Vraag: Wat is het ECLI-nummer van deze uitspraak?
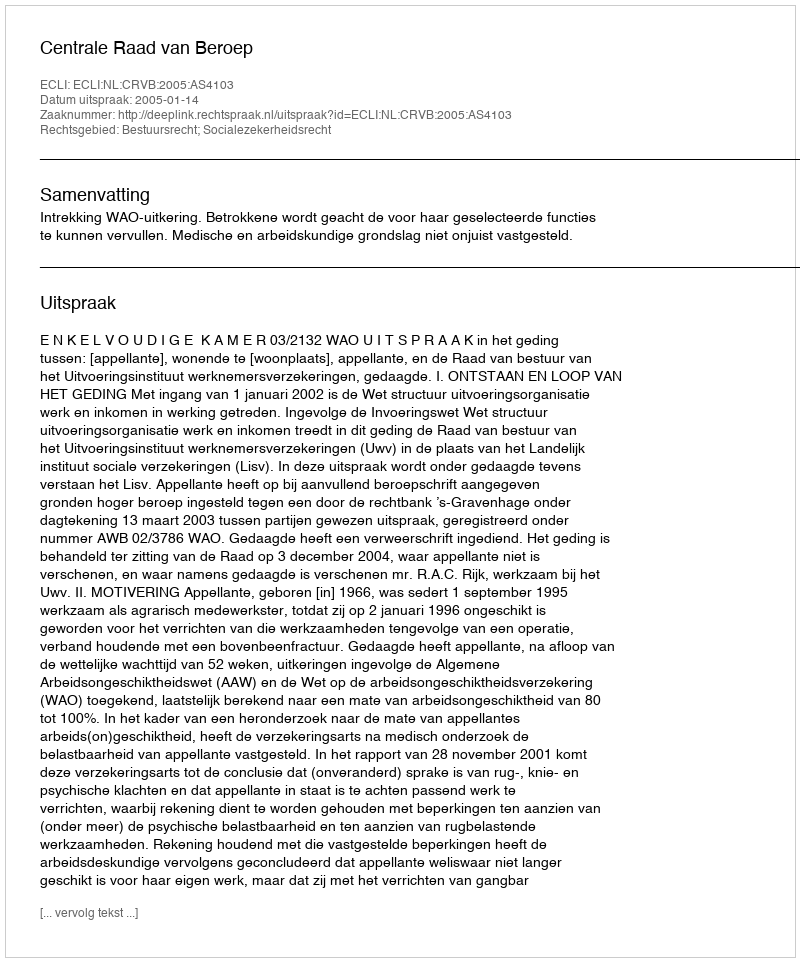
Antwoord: ECLI:NL:CRVB:2005:AS4103